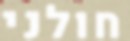
חולני